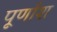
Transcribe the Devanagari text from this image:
पूर्णाश